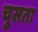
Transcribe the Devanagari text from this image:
चुसता